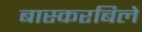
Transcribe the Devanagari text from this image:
बास्करबिले